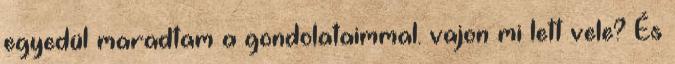
egyedül maradtam a gondolataimmal. vajon mi lett vele? És